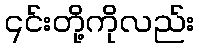
၎င်းတို့ကိုလည်း